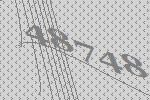
48748